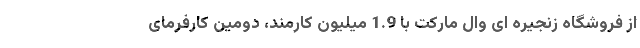
از فروشگاه زنجیره ای وال مارکت با 1.9 میلیون کارمند، دومین کارفرمای